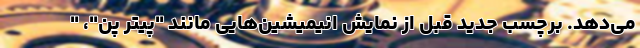
می‌دهد. برچسب جدید قبل از نمایش انیمیشین‌هایی مانند "پیتر پَن"، "